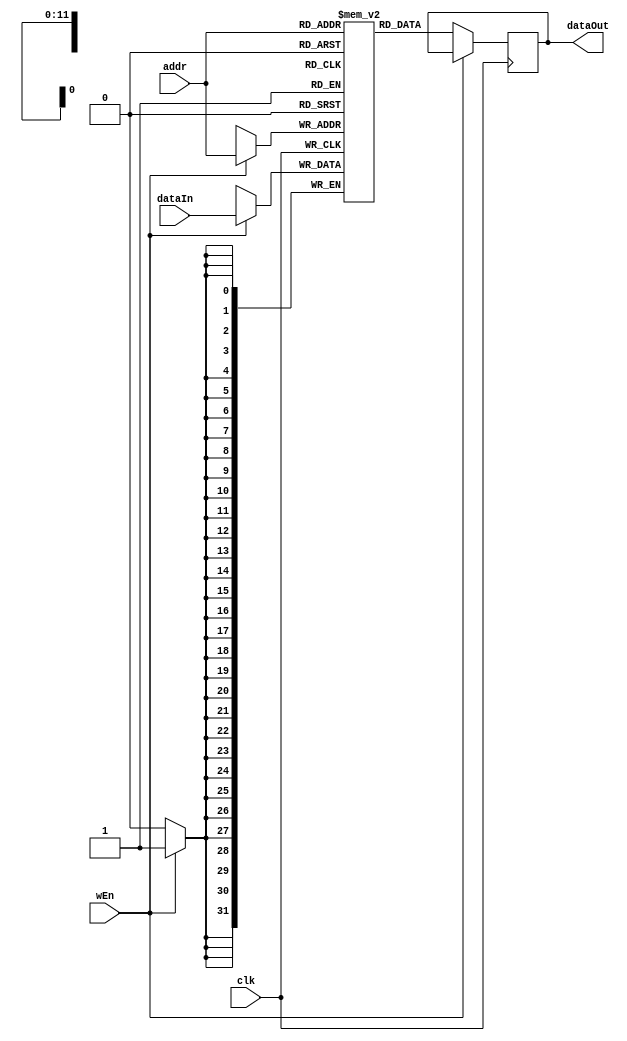
`timescale 1ns / 1ps
module RAM1 #( parameter DATA_WIDTH = 32, ADDRESS_WIDTH = 12, DEPTH = 4096) (
    input wire                     clk,
    input wire                     wEn,
    input wire [ADDRESS_WIDTH-1:0] addr,
    input wire [DATA_WIDTH-1:0]    dataIn,
    output reg [DATA_WIDTH-1:0]    dataOut = 0);
    
    reg[DATA_WIDTH-1:0] MemoryArray[0:DEPTH-1];
    
    integer i;
    initial begin
        for (i = 0; i < DEPTH; i = i + 1) begin
            MemoryArray[i] <= 0;
        end
        // if(MEMFILE > 0) begin
        //     $readmemh(MEMFILE, MemoryArray);
        // end
    end
    
    always @(negedge clk) begin
        if(wEn) begin
            MemoryArray[addr] <= dataIn;
        end else begin
            dataOut <= MemoryArray[addr];
        end
    end
endmodule